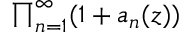
\textstyle { \prod _ { n = 1 } ^ { \infty } ( 1 + a _ { n } ( z ) ) }